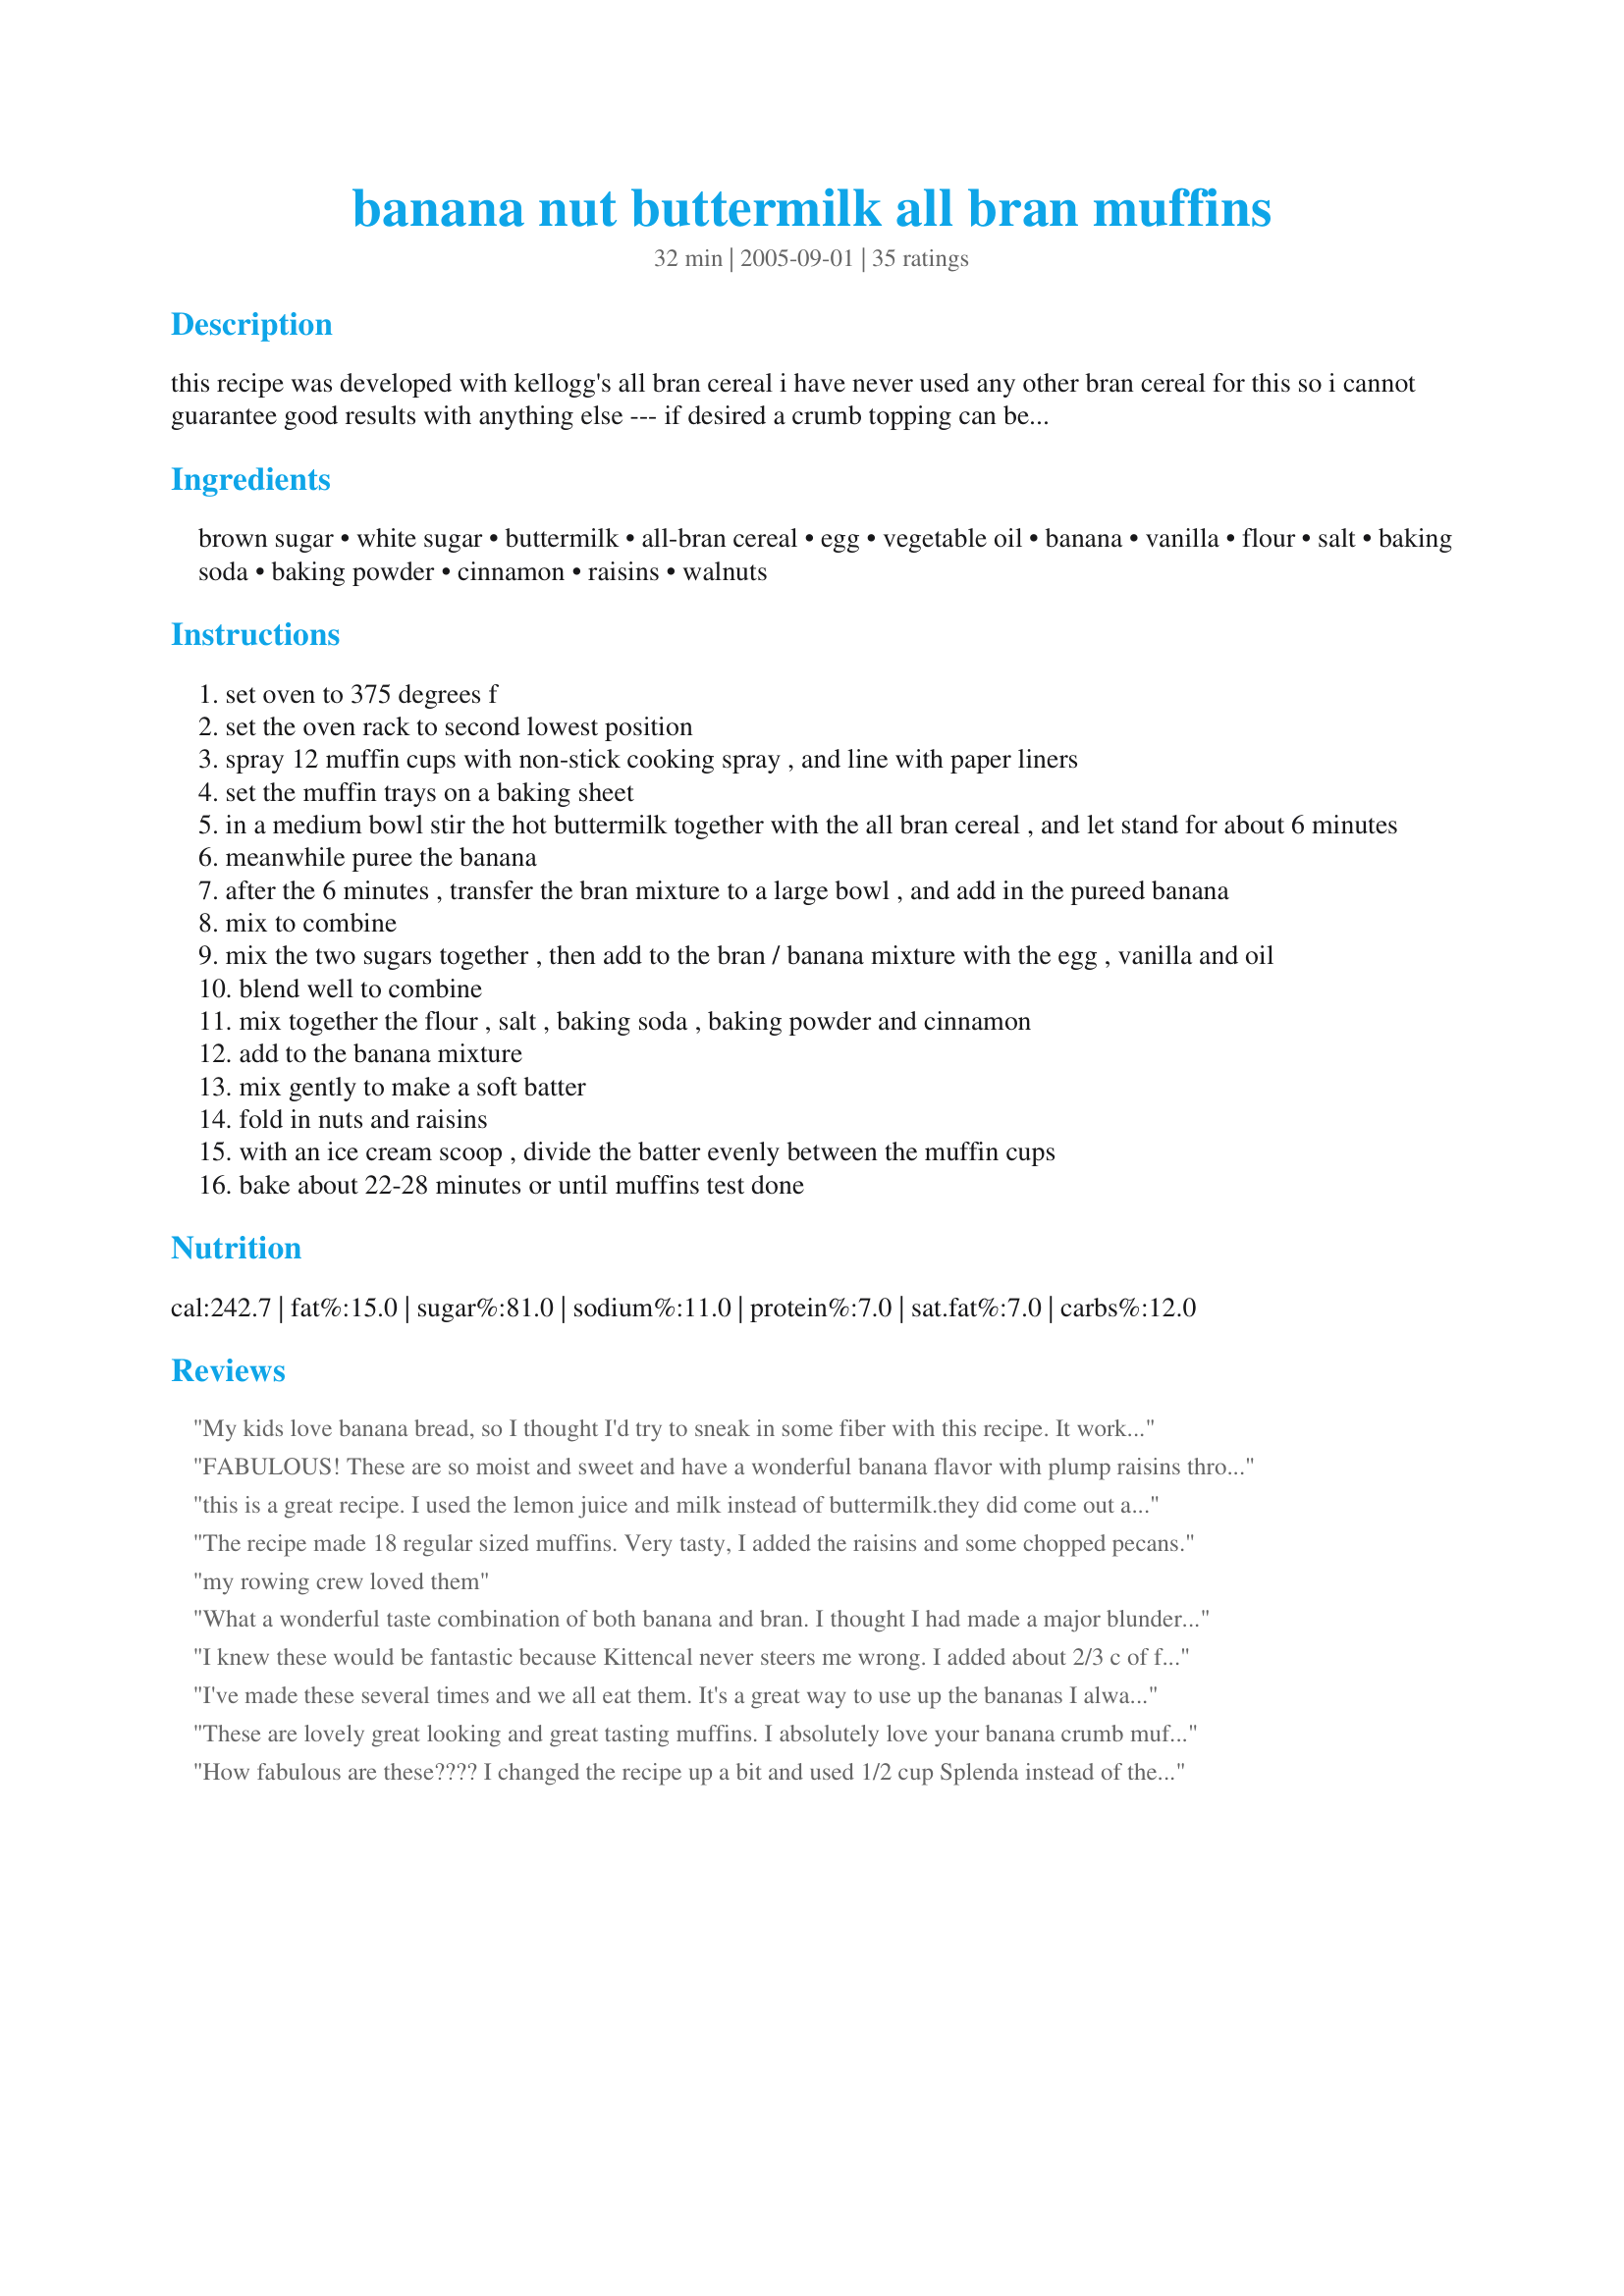
banana nut buttermilk all bran muffins
Preparation time: 32 minutes

this recipe was developed with kellogg's all bran cereal i have never used any other bran cereal for this so i cannot guarantee good results with anything else --- if desired a crumb topping can be sprinkled on top, see my recipe#184305 for the topping mixture.

Ingredients:
brown sugar, white sugar, buttermilk, all-bran cereal, egg, vegetable oil, banana, vanilla, flour, salt, baking soda, baking powder, cinnamon, raisins, walnuts

Steps:
set oven to 375 degrees f
set the oven rack to second lowest position
spray 12 muffin cups with non-stick cooking spray , and line with paper liners
set the muffin trays on a baking sheet
in a medium bowl stir the hot buttermilk together with the all bran cereal , and let stand for about 6 minutes
meanwhile puree the banana
after the 6 minutes , transfer the bran mixture to a large bowl , and add in the pureed banana
mix to combine
mix the two sugars together , then add to the bran / banana mixture with the egg , vanilla and oil
blend well to combine
mix together the flour , salt , baking soda , baking powder and cinnamon
add to the banana mixture
mix gently to make a soft batter
fold in nuts and raisins
with an ice cream scoop , divide the batter evenly between the muffin cups
bake about 22-28 minutes or until muffins test done

Reviews:
My kids love banana bread, so I thought I'd try to sneak in some fiber with this recipe. It worked great! I added about 2 tablespoons of cocoa powder, as well as a good handful of chocolate chips. I baked this in a mini-loaf pan so I can pull them out of the freezer for a quick breakfast before school. They tasted great - much improved over the cereal box plain bran muffin recipe. Thanks again, Kittencal!!
FABULOUS! These are so moist and sweet and have a wonderful banana flavor with plump raisins throughout. YUM! I made mine with 1/4 cup Splenda brown sugar blend and subbed Splenda granular for the sugar. I used 1 cup of mashed overripe bananas and the cinnamon and raisins but left out the nuts. I topped them with toasted wheat germ. Made for the Zaar Stars tag game.
this is a great recipe. I used the lemon juice and milk instead of buttermilk.they did come out a little flat, maybe the weather affected them rising fully. Any how these are great..thanks for the recipe..
The recipe made 18 regular sized muffins. Very tasty, I added the raisins and some chopped pecans.
my rowing crew loved them
What a wonderful taste combination of both banana and bran. I thought I had made a major blunder as I used 1/2 cup Splenda brownsugar and 1/4 cup regular sugar and 1/4 cup regular Splenda. Upon reading the brownsugar Splenda pkg. it says to use 1/2 the amount...curses...I thought they were going to be wayyyy to sweet. To my surprise they aren't. Now I would say that if using Splenda products you should expect a bit more sweetness especially for a bran muffin that is normally not. I used 1/2 cup raisins and 1/2 cup chopped dates, softened. Also, opted to use my own blend of topping to sprinkle on b/f baking. (flax, toasted wheatgerm, cinnamon, and brownsugar). Nice and crispy!!!
Thanks Kitty for real keeper!
I knew these would be fantastic because Kittencal never steers me wrong.
I added about 2/3 c of finely chopped pecans but omitted the raisins.
Everyone loved them., They were very light, sweet and moist.
Thanks for another keeper!!!
I've made these several times and we all eat them. It's a great way to use up the bananas I always have hiding in the freezer. I usually omit the walnuts and sometimes also the raisins since my kids complain if I don't and I can rarely find buttermilk so I just use regular milk.
These are lovely great looking and great tasting muffins. I absolutely love your banana crumb muffin, so when I was looking for a bran muffin recipe, I knew to try yours first! The ingreadients are simple and on hand. For the buttermilk I used a tablespoon of lemon juice and milk to make 1 cup, and let it sit for 5 minutes, and then microwaved it for almost a minute to heat. 2 bananas did the job. I also just sprayed and floured the muffin tins and didn't use liners. I made 6 regular sized and 12 mini. Cooked mini's for 22 minutes and regular ones for 25 minutes. PERFECT!!! (i just took them out of the oven and my 2 year old has had 2 mini's...loves them)
How fabulous are these???? I changed the recipe up a bit and used 1/2 cup Splenda instead of the white sugar. I also used pecans and dates instead of walnuts and raisins which were awesome. And lastly, I used 1/2 cup all-bran cereal and 1/2 cup grape nuts. I will definitely make this over and over!!!!
Texture was perfect! I used Fiber One cereal, chopped dates, and two ripe bananas. Powdered cultured buttermilk is something to keep on hand for recipes like this. I was able to make 9 large muffins using a non stick muffin pan with no liners, just greased lightly with butter. They lifted out nicely. My family thanks you as will my co workers.
On first reading I thought this might be something we would like, but after a trial afraid it just isn't to our tastes and quite a disappointment. Apparently I am not alone......sorry Kittencal
Wow I wish there was a high rating than 5 stars this is worth a much higher rating, one of the best muffin recipes that I have made, Kit you have wonderful recipes, this is another, thank you.
Ijust searching for muffins. i am going to try this BANANA NUT MUFFINS IMMEDIATELY:Iwill send my feed back after tasting. thanks a lot for this yummy recipe.
These are really good. My kids ate the whole batch for breakfast...even my picky 5 year old tried one and liked it. These will be a breakfast favorite around here.
Very good. I got 18 muffins and subbed chocolate chips for the nuts and raisins.
Wonderful recipe enjoyed by the family. I followed the recipe exactly and only added raisins and a topping of 1/4 c. flour, 2/3 c. brown sugar, 1 tsp cinnamon, 2 Tbs. soft butter & 1/3 cup chopped nuts.( NOTE: the topping is enough for 24 muffins). They were absolutely delicious. HOWEVER, there was left-over batter that could have filled a couple mini-bread pans had I been prepared. I filled the cupcake liners to the top but ended up throwing out the extra batter since I had nothing to bake it in. Why not make this note on your original recipe?<br/>One week later: Just made the second batch and used a 21/2 X 5" pan for the excess batter. Still delicious!
Delicious! The four bananas I defrosted yielded about 1 1/2 -2 cups, so I made a double batch. Made 23 large muffins. I used natural bran rather than the cereal, and they were perfect. I used dates instead of raisins, but cut the amount down to half, since dates are sweeter. I mixed some walnut oil into the veg oil for extra flavour (about 1/4 of the oil), and did add the cinnamon.
Thanks for a great recipe!
Yum! I adore a good bran muffing and I love using my overripe bananas. I only had two bananas but that was fine. I also added a whole cup of walnuts for the hubby. I was able to get 17 regular size muffins.
I used 1/2 cup brown sugar and 1/2 cup molasses. They were extremely moist...delicious!
These were pretty easy and tasted good. (Not a lot like a bran muffin, which in my opinion is a plus.) They also smell wonderful while baking. The buttermilk weirded me out a bit because it looked curdled after I heated it (maybe too long) but it seemed fine. I used the raisins and the nuts. I will use this recipe again.
I'm one of the rare people who still cooks so I've made many muffins before including banana nut. These are unbelieveable!! Wow. I want to eat them all. I added a crunchy topping, but this is THE BANANS NUT RECIPE I will only use from now on. Cant say enough its really a 10 star not 5.
Thanks so much for this recipe. I have been looking for ages for an easy bran muffin recipe, and this one is especially great because you can alter it in (I assume) so many ways. I made my own buttermilk by warming 1c semi skimmed milk and adding 2T lemon juice. I also used 1t cinnamon and 1t nutmeg and added chopped walnut and used 1/2 c white flour & 1c wholemeal flour. Gorgeous!

I also will update when I try alternatives out as I think this would be great with apples & molasses and I would like to try using apple sauce instead of the oil.
These are our favourite muffins!! My three year old and I make them all the time. The recipe is fantastic as-is but over time we've reduced the sugar to just 1/2 cup brown (one time we even forgot the sugar altogether and because the bananas are so sweet the muffins still tasted fine). Also instead of using buttermilk we use 1/2 cup milk and 1/2 cup yogurt and don't bother warming it. For a special treat, chocolate chips are a super substitute for the raisins.
Overall, an AWESOME recipe!!
Thank you for the terrific recipe! I am always looking for a way to bring more fiber into our diet... after reading some of the other reviews I decided to try 1 batch as written -- Kittencal's recipes are always great the way they are!!! When that batch was gone in less than an hour, I doubled the recipe, and made a couple of changes....adding 1/2 cup of flax seed meal/wheat germ blend, 3/4 cup of craisins. Wonderful! (With the doubled recipe I got 12 jumbo muffins and 2 mini loaves) Thank you again Kittencal for delicious muffins!
Just made this muffin, added 2tbsp cocoa, amazing! Thanks very much for this.. Dont know if there will be any left by the time my hubby and brothers come home! :)
Great muffins. I did not have buttermilk so I substituted milk with a teaspoon of apple cider vinegar. I also added, 1/8 teaspoon of ground clove. This recipe made a dozen tasty muffins.
AMAZING! I find I'm having to hide them because I just keep going back and snacking on them!
I got 24 mini muffins and 10 regular sized muffins, so I think this will actually make more than 12 muffins, but they are soooooo scrumptious!!
A winner, as always with Kitten! I used plain 1% milk (can never seem to get buttermilk onto my shopping list) and half whole wheat flour. I'm sure buttermilk would make them even tastier. I got 6 regular (though overfilled) and 26 mini (also overfilled) muffins. Very impressed. I did have issues with the regular sized ones falling apart as I removed them from the pan, though I am assuming thats my fault - I didn't have any paper liners and I used blueberries instead of nuts or raisins (and probably too many of them). They also took longer to bake than stated, but I'm sure thats due to the frozen blueberries and that the cups were overfilled. <br/>All that to say this: I will definitely make these again! (Hopefully with buttermilk next time... and maybe that topping)<br/>Oh, and I did use store brand (Sainsbury's) bran cereal with no issues.
Loved This recipe and it is truely remarkable. I used Agave instead of white table sugar. Same ratio as white sugar. Also, added the topping rom kittencals for a added treat. I used walnuts in the streusel topping instead of almonds, and also through in some health bits ...very yummy. I used regualr brown raisins the first time and used yellow the second time to see if there was a difference. Also use 1 cup of bananas or a vit more to the recipe. 1 whole tsp. of cinn. work s great, and grease the pan with Pam. No problems. Doing muffins the same way. Thank you so much for all the most moist deliciousious recipe!!!!
This muffin was nice and moist. i like the added flavor the banana added. I use the raisins and walnuts. Made a nice breakfast.

Thanks Kittencal. 

Bullwinkle
I love Kittencal's other recipes so I'm not sure why this one didn't meet my expectations. I didn't substitute anything, the bananas were quite ripe. Just didn't do anything for this family. Did not use raisins. Would that have made all the difference? I don't know.
I love Kittencal's recipes and they never fail for me, but this one just didn't cut it. I think that was my fault for over substituting! I used whole wheat flour, applesauce instead of oil, milk+vinegar instear of buttermilk, and splenda. I dont know, they also didn't seem so "bran-ish: for my taste, all the other stuff drowned it out. i think I might try these as written, i just wanted a healtheir version! oh and I cooked as written, but the bottoms were a little burned...dont know why!
Flavorful and easy to make, they were moist. Added walnuts and used very ripe bananas. I will make these again.
These arent even out of the oven yet & I just KNOW they're going to be yummy! They rise really quickly. For a bit of topping, I crushed up some of those new Multigrain Cheerios. Added chopped dates, omitted nuts. Only 18 more minutes til they're out! Finally a muffin recipe that really DOES double well, without having to fiddle for that last cup to be filled! Thanks for a very good recipe.
